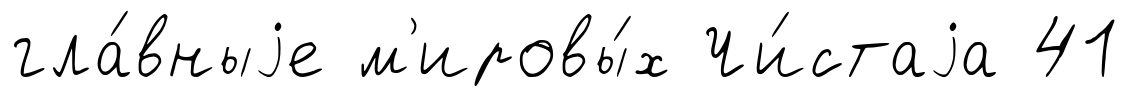
гла́вныjе м'ировы́х Чи́стаjа 41